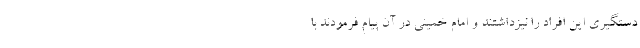
دستگیری این افراد را نیزداشتند و امام خمینی در آن پیام فرمودند با